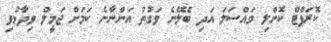
ކޮރަޕްޓް ކޮށްލި މައްސަލަ އަދި ބެލޭނެ ވަގުތު އަންނާނެ ކަމަށް ޖަމީލް ވިދާޅުވި